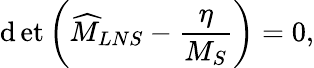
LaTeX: \operatorname*{\mathrm{d}et}\left(\widehat{{M}}_{LNS}-\frac{{\eta}}{{M_{S}}}\right)=0,